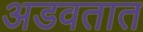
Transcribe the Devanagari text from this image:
अडवतात